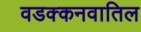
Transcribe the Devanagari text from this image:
वडक्कनवातिल